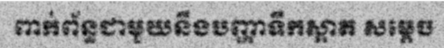
ពាក់ព័ន្ធជាមួយនឹងបញ្ហាទឹកស្អាត សម្តេច